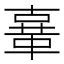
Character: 𲊜